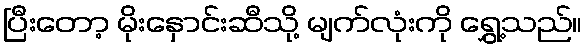
ပြီးတော့ မိုးနှောင်းဆီသို့ မျက်လုံးကို ရွှေ့သည်။